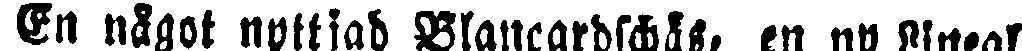
En något nyttjad Blancardschås, en ny Lineal